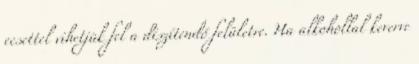
ecsettel vihetjük fel a díszítendő felületre. Ha alkohollal keverve